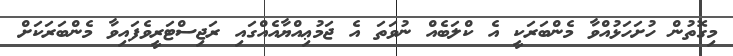
މިގޮތުން ހުށަހަޅުއްވާ މެންބަރަކީ އެ ކްލަބެއް ނުވަތަ އެ ޖަމުޢިއްޔާއެއްގައި ރަޖިސްޓަރީވެފައިވާ މެންބަރަކަށް